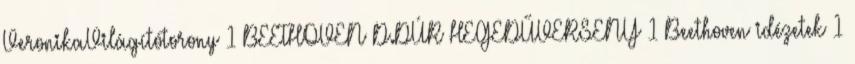
VeronikaVilágítótorony 1 BEETHOVEN D.DÚR HEGEDŰVERSENY 1 Beethoven idézetek 1